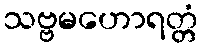
သဗ္ဗမဟောရတ္တံ